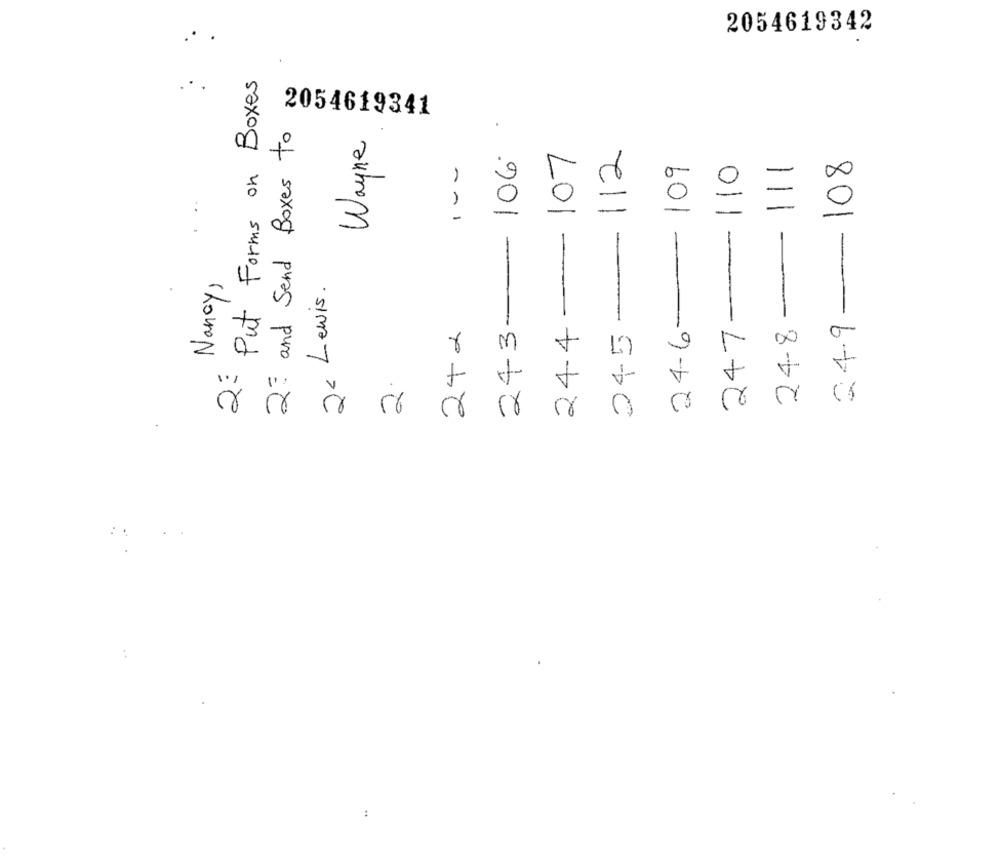
2054619342
2: Put Forms on Boxes
2054619341
2= and Send Boxes to
Wayne
107
112
1 --
106
110
108
109
244
-
-
--
Nancy,
2- Lewis.
243-
247
24.9
242
245
24-6
24-8
2.